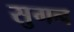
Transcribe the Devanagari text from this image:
सुगन